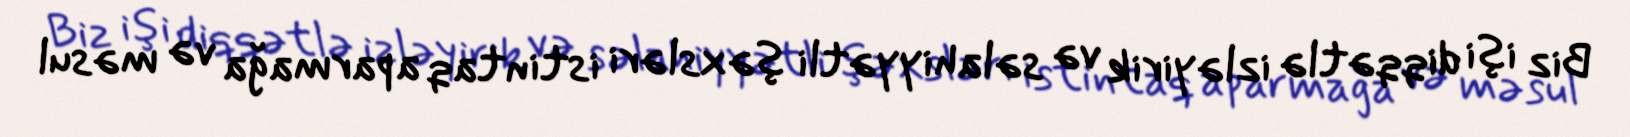
Biz işi diqqətlə izləyirik və səlahiyyətli şəxsləri istintaq aparmağa və məsul